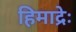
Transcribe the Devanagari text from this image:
हिमाद्रेः